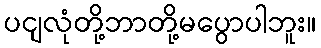
ပငျလုံတို့ဘာတို့မပွောပါဘူး။